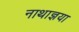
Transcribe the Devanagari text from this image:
नाथाज्ञया